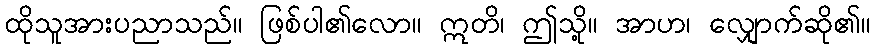
ထိုသူအားပညာသည်။ ဖြစ်ပါ၏လော။ ဣတိ၊ ဤသို့။ အာဟ၊ လျှောက်ဆို၏။